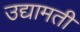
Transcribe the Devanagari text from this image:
उद्यामती